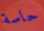
حاسة